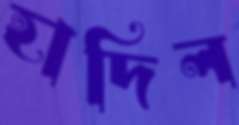
হাদিল